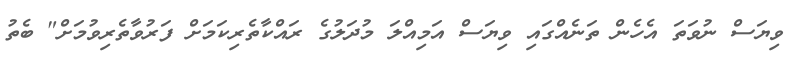
ވިޔަސް ނުވަތަ އެހެން ތަނެއްގައި ވިޔަސް އަމިއްލަ މުދަލުގެ ރައްކާތެރިކަމަށް ފަރުވާތެރިވުމަށް" ބެތު